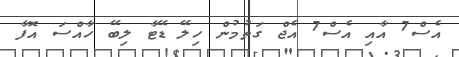
އެސް7 އާއި އެސް7 އެޖް ގަތުމުން ހިލޭ ޑޭޓާ ލިބޭ ހާއްސަ އޮފާ